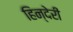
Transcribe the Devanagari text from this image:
हिन्देरी